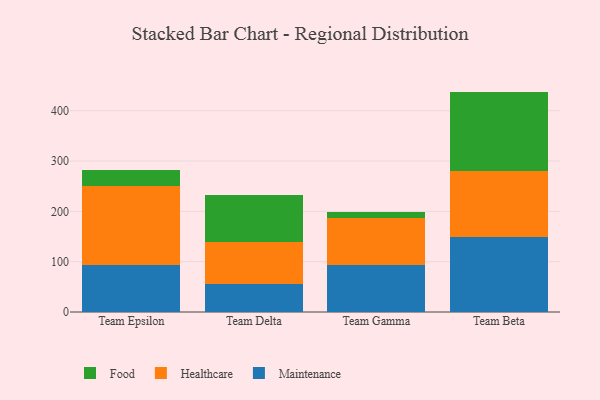
{"axis": {"x": "Team", "y": "Headcount"}, "legend": ["Food", "Healthcare", "Maintenance"], "data": [{"x": "Team Epsilon", "y": 93.4, "type": "Maintenance"}, {"x": "Team Epsilon", "y": 158.0, "type": "Healthcare"}, {"x": "Team Epsilon", "y": 31.3, "type": "Food"}, {"x": "Team Delta", "y": 55.8, "type": "Maintenance"}, {"x": "Team Delta", "y": 83.0, "type": "Healthcare"}, {"x": "Team Delta", "y": 93.9, "type": "Food"}, {"x": "Team Gamma", "y": 94.0, "type": "Maintenance"}, {"x": "Team Gamma", "y": 91.9, "type": "Healthcare"}, {"x": "Team Gamma", "y": 13.5, "type": "Food"}, {"x": "Team Beta", "y": 148.5, "type": "Maintenance"}, {"x": "Team Beta", "y": 131.8, "type": "Healthcare"}, {"x": "Team Beta", "y": 157.7, "type": "Food"}]}